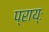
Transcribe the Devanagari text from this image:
प्राय्ः